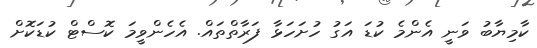
ކާމިޔާބު ވަނީ އެންމެ ކުޑަ އަގު ހުށަހަޅާ ފަރާތްތައް. އެހެންވީމަ ކޮސްޓް ކުޑަކޮށް